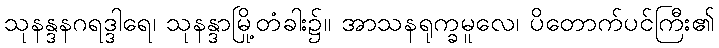
သုနန္ဒနဂရဒ္ဒါရေ၊ သုနန္ဒာမြို့တံခါး၌။ အာသနရုက္ခမူလေ၊ ပိတောက်ပင်ကြီး၏